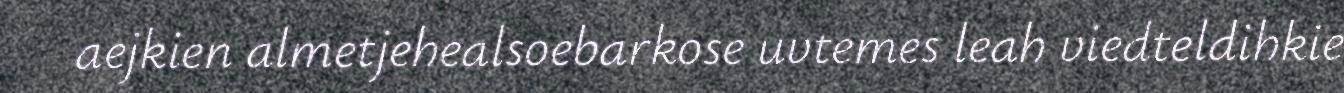
aejkien almetjehealsoebarkose uvtemes leah viedteldihkie